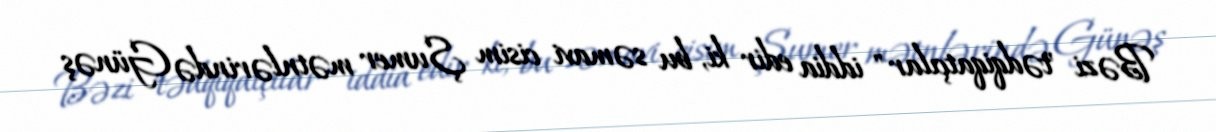
Bəzi "tədqiqatçılar" iddia edir ki, bu səmavi cisim Şumer mətnlərində Günəş